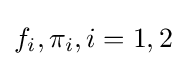
f_{i},\pi _{i},i=1,2